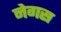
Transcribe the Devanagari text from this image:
नेगस